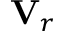
\mathbf { V } _ { r }